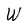
Character: W